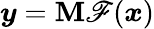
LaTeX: \boldsymbol{y}=\boldsymbol{\mathbf{M}}\mathscr{{F}}(\boldsymbol{x})